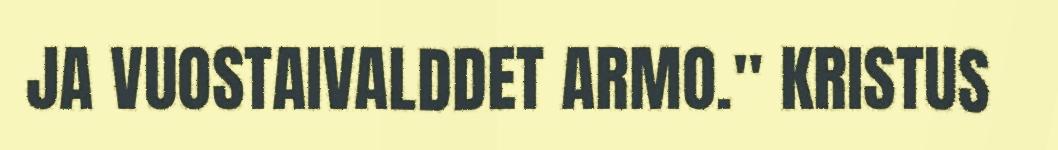
JA VUOSTAIVALDDET ARMO." KRISTUS